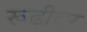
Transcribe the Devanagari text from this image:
रूढीवर